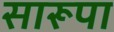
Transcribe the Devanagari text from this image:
सारूपा